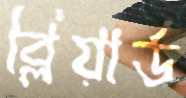
ব্লিয়ার্ড